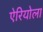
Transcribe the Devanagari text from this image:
ऐरियोला